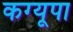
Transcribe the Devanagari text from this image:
कग्‍यूपा